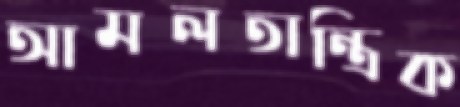
আমলতান্ত্রিক